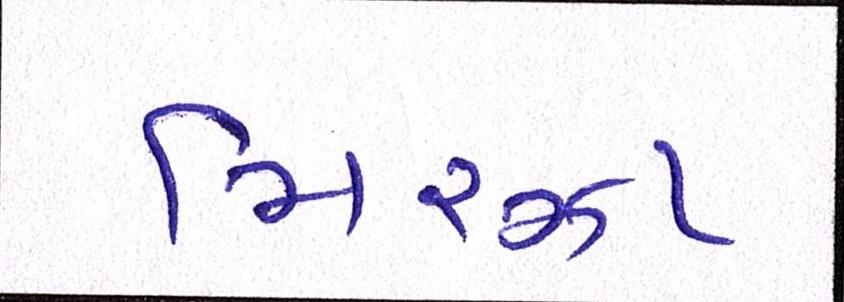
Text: મિરઝા